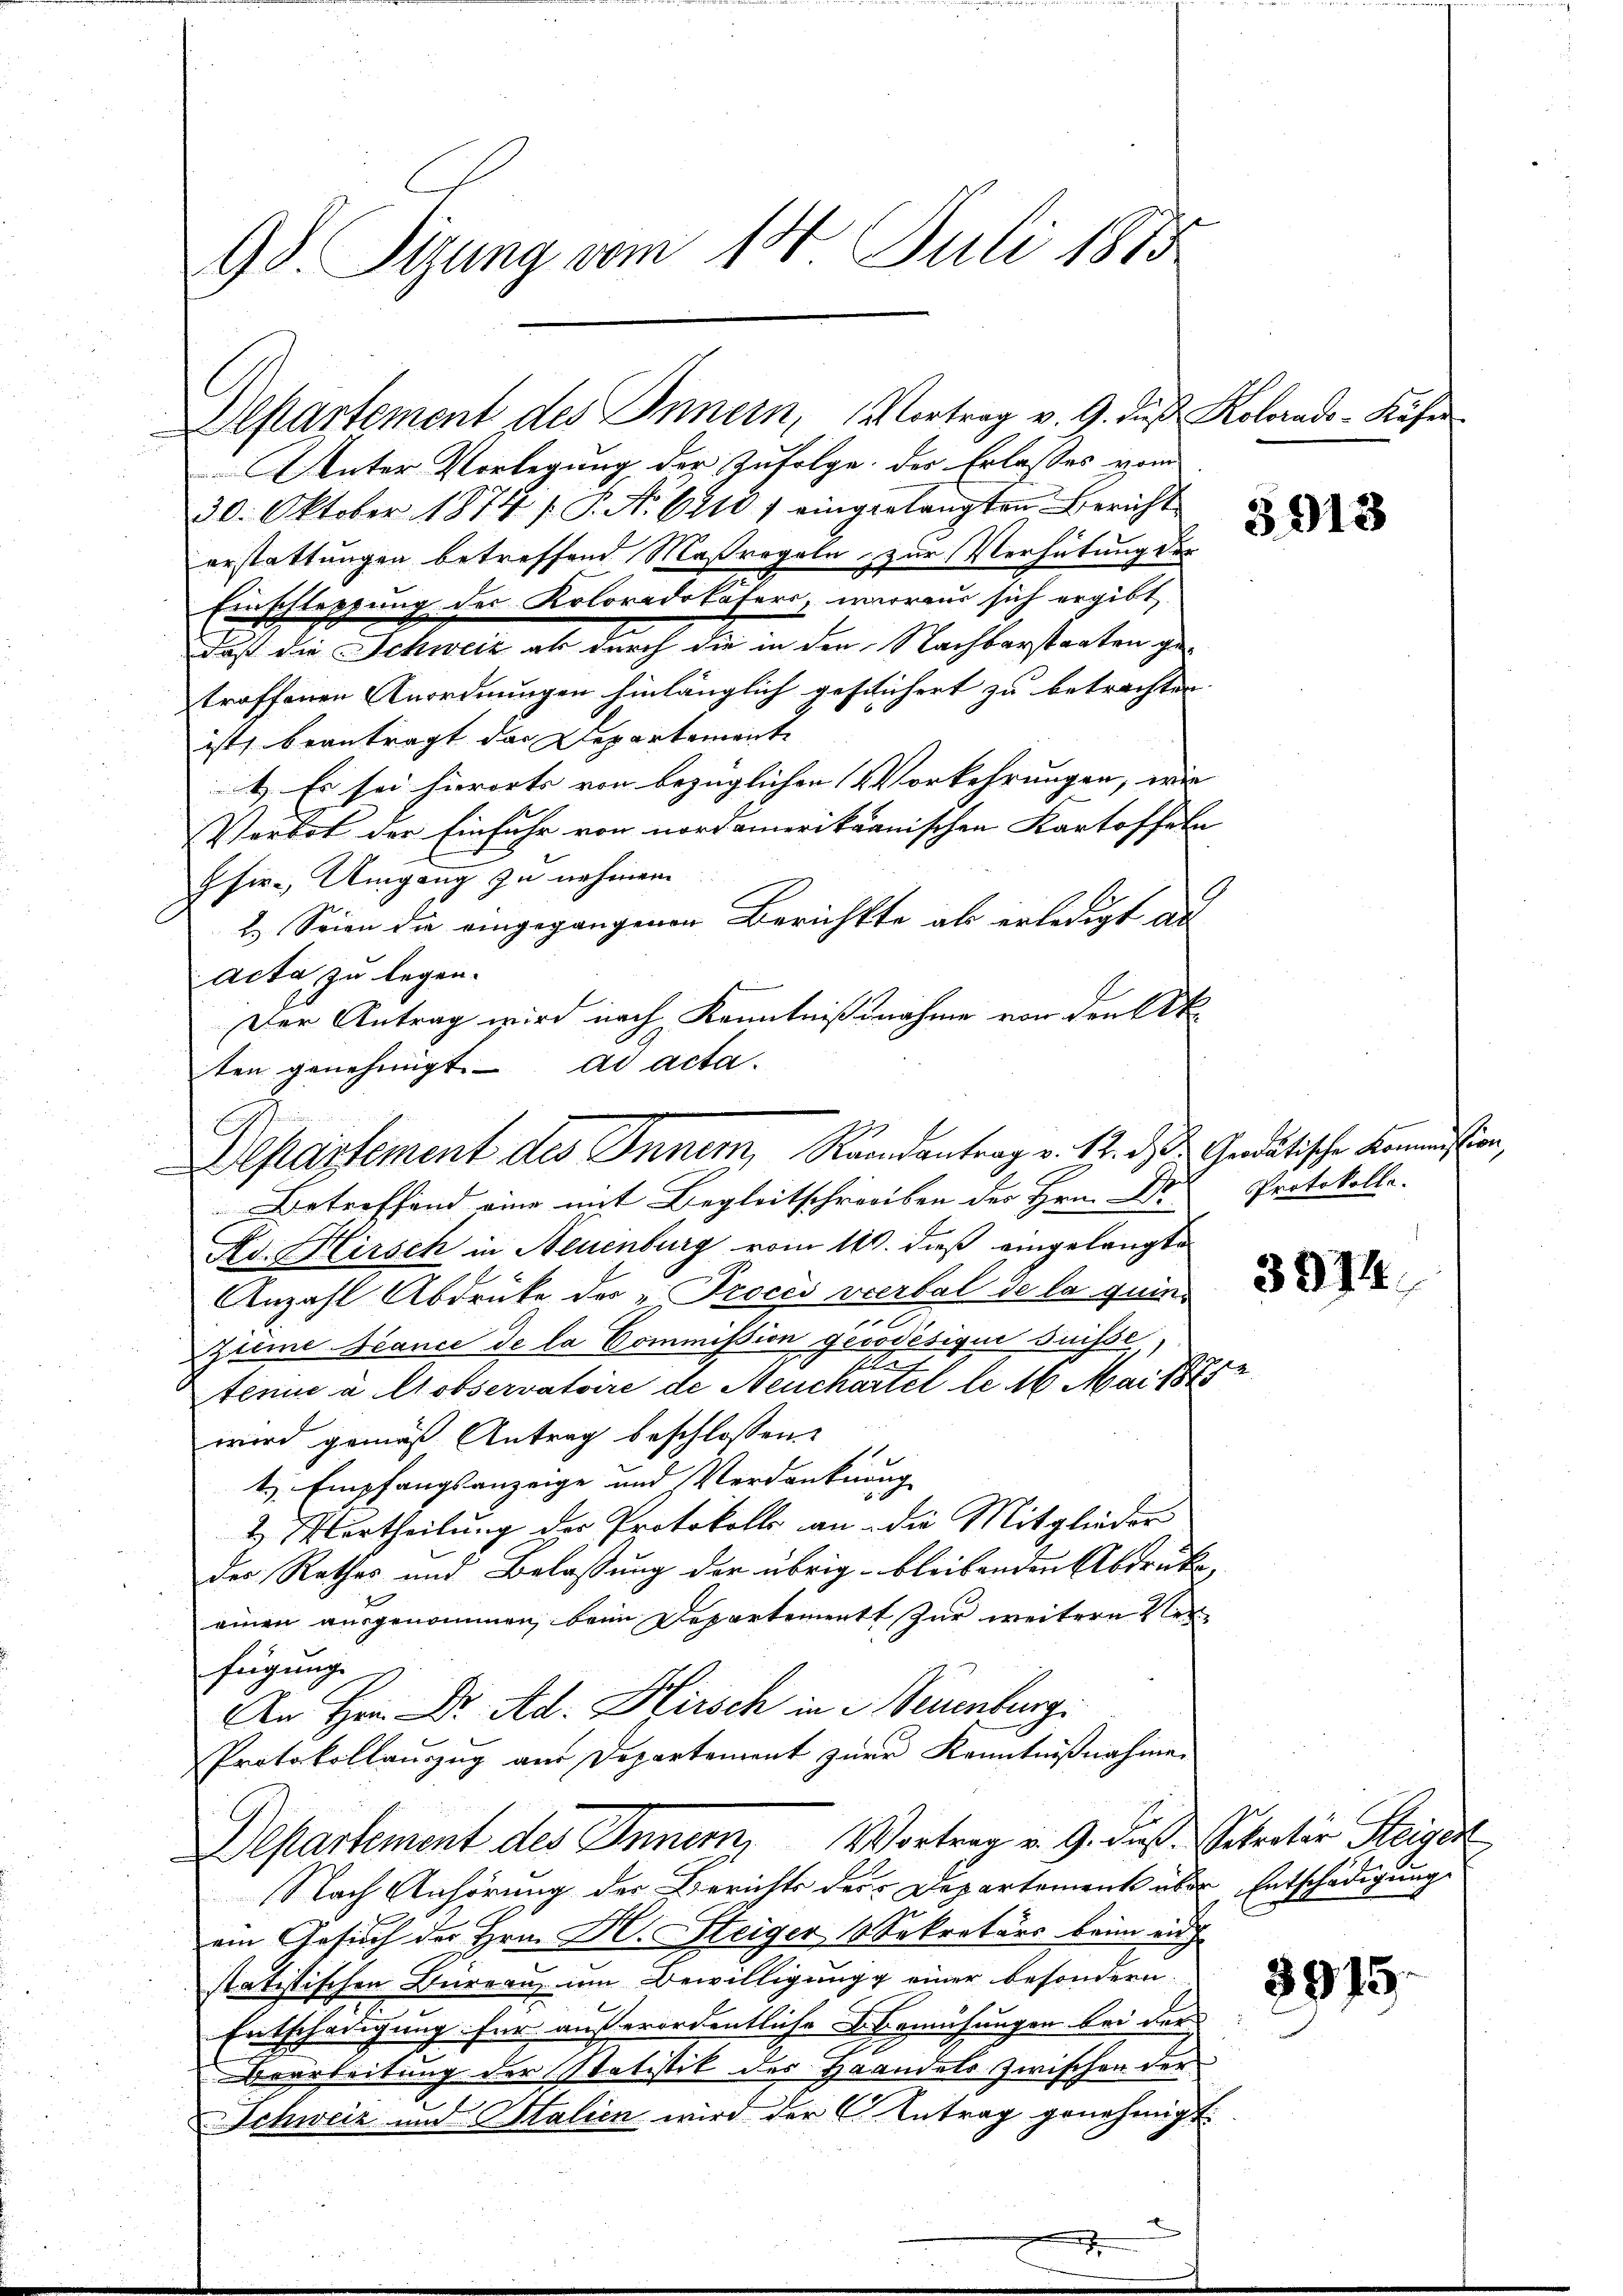
98. Sizung vom 14. Juli 1883

Unter Vorlegung der Zufolge der Erlasses vom
30. Oktober 1874 / P. N. 6410 / eingerlangten Bericht
erstattungen betreffend Maßregeln zur Verhütung der
Einschleppung der Koloradotäfers, woraus sich ergibt
daß die Schweiz als durch die in den Nachbarstaaten getroffenen Anordnungen hinlänglich gestichert zu betrachten
ist, beantragt das Departemente
1. Es sei hierorts von bezüglichen Vorkehrungen, wie |
Verbot der Einfuhr von nordamerikanischen Kartoffeln
Hhir. Umgang zu nehmen.
2.) Seien die eingegangenen Berichtte ab erledigt al
Acta zu legen.
Der Antrag wird nach Kenntnißnahme von den Ak
ten genehmigt. ad acta.
Betreffend eine mit Begleitschreiben der Herr Protokolle.
Ad. Kirsch in Neuenburg vom 14. dieß eingelangte
A
Anzahl Abdrüke des „Proces vierbal de la quing
Zzieme Jeance de la Commission gesodésique suisse
d
tenne à Cobservatoire de Neuchartel le 16 Mai 1875
wird gemäß Antrag beschlossen:
t Empfangsanzeige und Verdanknung
 Iurtheilung der Protokolls an die Mitglieder
des Rathes und Belassung der übrig bleibenden Abdruke,
einen ausgenommen, beim Departement zur weitere Verfügung
An Hrn. Dr. Ad. Hirsch in Neuenburgi
Protokollanzug aus Departement zur Kenntnißnahme
Departement des Innern, Vortrag v. 9. dieß Sekretär Steiger
Nach Anhörung der Berichts der Departement über Entschädigung
ein Gesuch der Hrn. Hr. Steiger 1 Sekretärs beim auch
statistischen Bureau, um Bewilligung einer besondern.
Entschädigung für außerordentliche Bemühungen bei der
Bearbeitung der Statistik des Handels zwischen der
Schweiz und Stalien wird der Antrag genehmigt.

Departement des Inner, Rundantrag v. 12. d. d. Gedätische Kommission,

Departement des Innern, Vortrag v. 9. das Kolorado-Käfer

5913

3374.

3915.